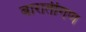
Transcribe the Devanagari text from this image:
बारातीगण